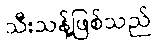
သီးသန့်ဖြစ်သည်